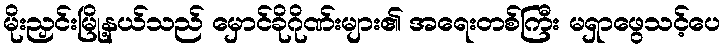
မိုးညှင်းမြို့နယ်သည် မှောင်ခိုဂိုဏ်းများ၏ အရေးတစ်ကြီး မရှာဖွေသင့်ပေ